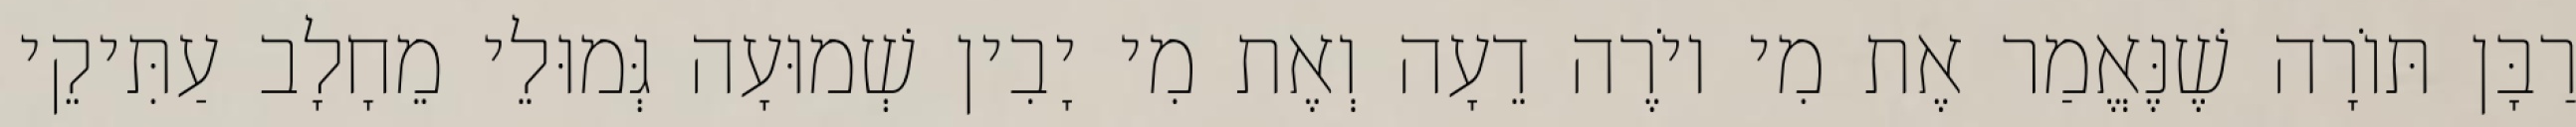
רַבָּן תּוֹרָה שֶׁנֶּאֱמַר אֶת מִי יוֹרֶה דֵעָה וְאֶת מִי יָבִין שְׁמוּעָה גְּמוּלֵי מֵחָלָב עַתִּיקֵי